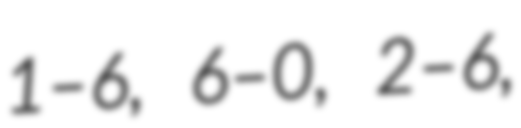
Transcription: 1–6, 6–0, 2–6,